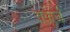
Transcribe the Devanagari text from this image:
वर्कर्ज